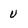
Character: u